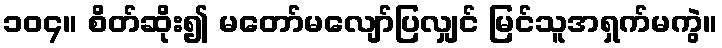
၁၀၄။ စိတ်ဆိုး၍ မတော်မလျော်ပြလျှင် မြင်သူအရှက်မကွဲ။